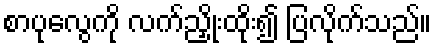
စာပုလွေကို လက်ညှိုးထိုး၍ ပြလိုက်သည်။